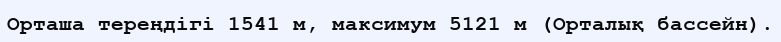
Орташа тереңдігі 1541 м, максимум 5121 м (Орталық бассейн).